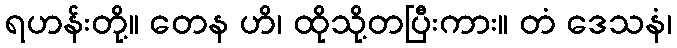
ရဟန်းတို့။ တေန ဟိ၊ ထိုသို့တပြီးကား။ တံ ဒေသနံ၊